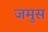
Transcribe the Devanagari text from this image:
जमुस